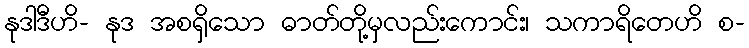
နုဒါဒီဟိ- နုဒ အစရှိသော ဓာတ်တို့မှလည်းကောင်း၊ သကာရိတေဟိ စ-